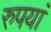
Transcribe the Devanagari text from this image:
रुपयां